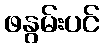
ဖနွမ်းပင်